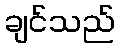
ချင်သည်